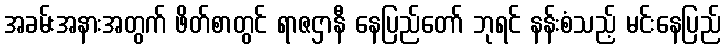
အခမ်းအနားအတွက် ဖိတ်စာတွင် ရာဇဌာနီ နေပြည်တော် ဘုရင် နန်းစံသည့် မင်းနေပြည်